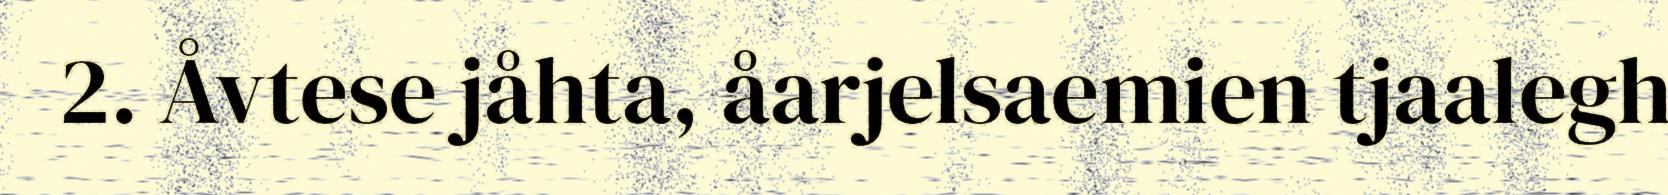
2. Åvtese jåhta, åarjelsaemien tjaalegh